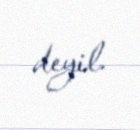
deyil.